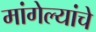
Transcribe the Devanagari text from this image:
मांगेल्यांचे